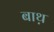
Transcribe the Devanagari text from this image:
बाथ़